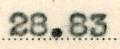
28.83